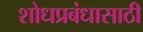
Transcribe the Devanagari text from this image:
शोधप्रबंधासाठी